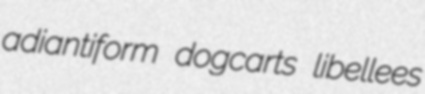
adiantiform dogcarts libellees